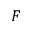
F